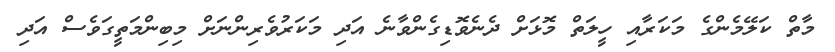
މާތް ކަލޭމެންގެ މަކަރާއި ހީލަތް މޮޅަށް ދެނެވޮޑިގެންވާނެ އަދި މަކަރުވެރިންނަށް މިބިންމަތީގަވެސް އަދި